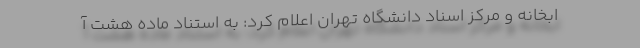
ابخانه و مرکز اسناد دانشگاه تهران اعلام کرد: به استناد ماده هشت آ